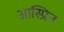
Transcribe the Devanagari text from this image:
आस्प्रिन